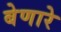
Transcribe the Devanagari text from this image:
बेणारे